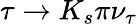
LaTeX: \tau\to K_{s}\pi\nu_{\tau}